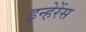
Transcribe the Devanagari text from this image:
इन्हेरेंस